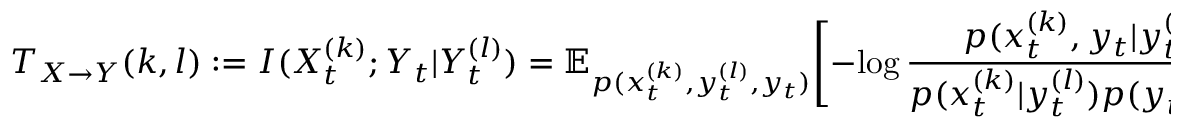
T _ { X \rightarrow Y } ( k , l ) : = I ( X _ { t } ^ { ( k ) } ; Y _ { t } | Y _ { t } ^ { ( l ) } ) = \mathbb { E } _ { p ( x _ { t } ^ { ( k ) } , y _ { t } ^ { ( l ) } , y _ { t } ) } \Bigg [ - \log \frac { p ( x _ { t } ^ { ( k ) } , y _ { t } | y _ { t } ^ { ( l ) } ) } { p ( x _ { t } ^ { ( k ) } | y _ { t } ^ { ( l ) } ) p ( y _ { t } | y _ { t } ^ { ( l ) } ) } \Bigg ] .